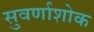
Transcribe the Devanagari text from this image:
सुवर्णाशोक